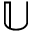
\mathbb { U }